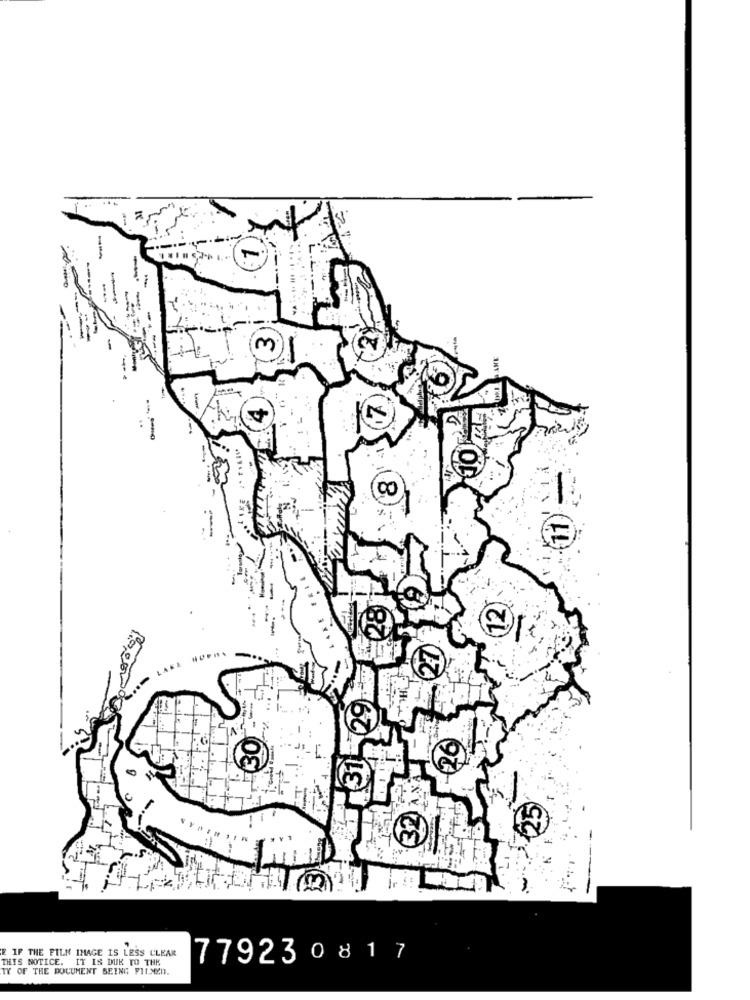
-
-
---
-
-
m
130
AN
E IF THE FILM IMAGE IS LESS CLEAR
THIS NOTICE. IT IS DUE TO THE
779230817
TY OF THE DOCUMENT BEING FILMED.